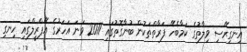
އިނގިރޭސި ވިލާތުގެ ކަމާބެހޭ ފަރާތްތަކުން ބުނާގޮތުގައި 2011 ވަނަ އަހަރުގެ އޭޕްރީލްގައި ހިނގި